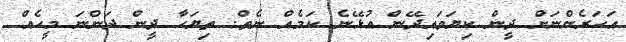
އަހަރެންނަށް ދީން ކިޔަވައިދޭން އުޅޭނެ ކަމެއް ނެތް. ތިޔަހާ ދީން ދަންނަ މީހެއް